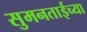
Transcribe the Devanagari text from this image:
सुमनताईच्या